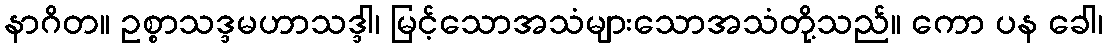
နာဂိတ။ ဥစ္စာသဒ္ဒမဟာသဒ္ဒါ၊ မြင့်သောအသံများသောအသံတို့သည်။ ကော ပန ခေါ၊